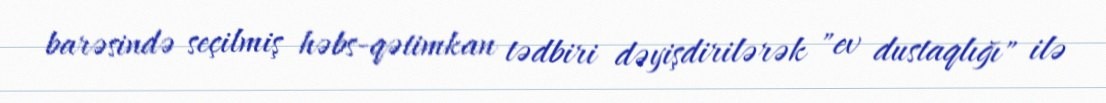
barəsində seçilmiş həbs-qətimkan tədbiri dəyişdirilərək "ev dustaqlığı" ilə